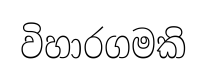
විහාරගමකි